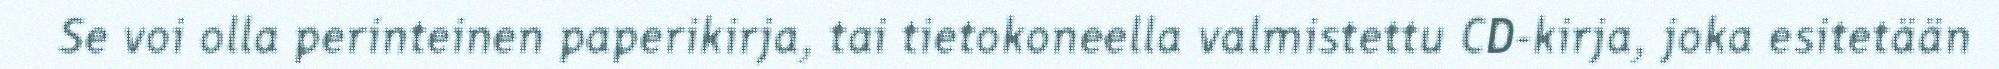
Se voi olla perinteinen paperikirja, tai tietokoneella valmistettu CD-kirja, joka esitetään